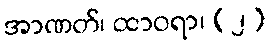
အာဏတ်၊ ထာဝရာ၊ (၂)